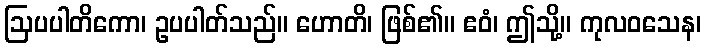
ဩပပါတိကော၊ ဥပပါတ်သည်။ ဟောတိ၊ ဖြစ်၏။ ဧဝံ၊ ဤသို့။ ကုလဝသေန၊